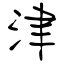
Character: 津